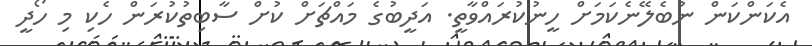
އެކަންކަން ނުބެލޭނެކަމަށް ހީނުކުރައްވާތީ. އަދީބުގެ މައްޗަށް ކުށް ސާބިތުކުރަން ހެކި މި ހޯދީ